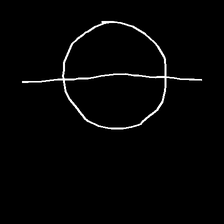
Glyph: orb